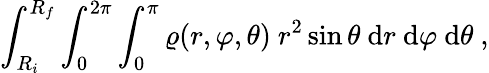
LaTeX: \int_{R_{i}}^{R_{f}}\int_{0}^{2\pi}\int_{0}^{\pi}\varrho(r,\varphi,\theta)\ r^{2}\sin\theta\ \mathrm{d}r\ \mathrm{d}\varphi\ \mathrm{d}\theta\ ,